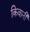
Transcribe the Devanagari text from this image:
किवानी